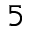
_ { 5 }